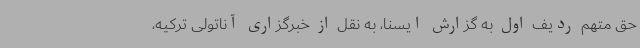
حق متهم ردیف اول به گزارش ایسنا، به نقل از خبرگزاری آناتولی ترکیه،